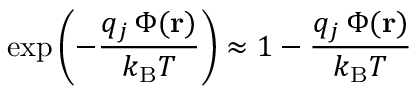
\exp \left( - { \frac { q _ { j } \, \Phi ( \mathbf { r } ) } { k _ { \mathrm { { B } } } T } } \right) \approx 1 - { \frac { q _ { j } \, \Phi ( \mathbf { r } ) } { k _ { \mathrm { { B } } } T } }